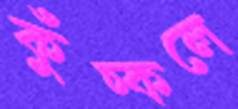
কুঁচ্‌কলে